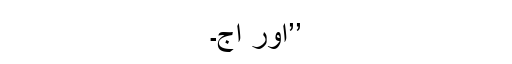
’’اور آج۔